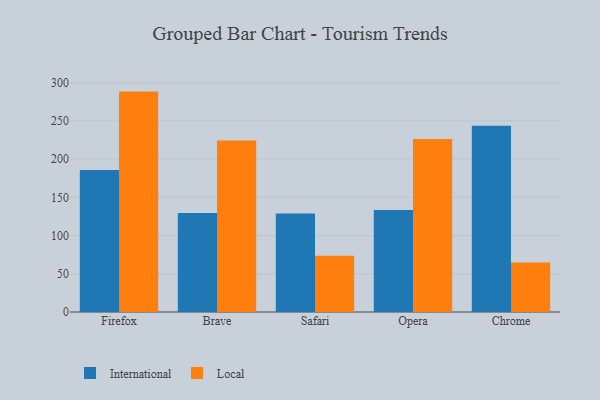
{"axis": {"x": "Browser", "y": "Latency (ms)"}, "legend": ["International", "Local"], "data": [{"x": "Firefox", "y": 185.6, "type": "International"}, {"x": "Firefox", "y": 288.3, "type": "Local"}, {"x": "Brave", "y": 129.6, "type": "International"}, {"x": "Brave", "y": 224.4, "type": "Local"}, {"x": "Safari", "y": 128.8, "type": "International"}, {"x": "Safari", "y": 73.6, "type": "Local"}, {"x": "Opera", "y": 133.5, "type": "International"}, {"x": "Opera", "y": 226.2, "type": "Local"}, {"x": "Chrome", "y": 243.5, "type": "International"}, {"x": "Chrome", "y": 64.8, "type": "Local"}]}